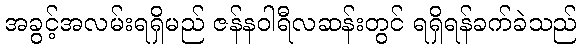
အခွင့်အလမ်းရရှိမည် ဇန်နဝါရီလဆန်းတွင် ရရှိရန်ခက်ခဲသည်